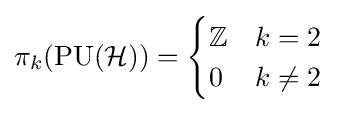
\pi _{k}(\mathrm {PU} ({\mathcal {H}}))={\begin{cases}\mathbb {Z} &k=2\\0&k\neq 2\end{cases}}